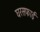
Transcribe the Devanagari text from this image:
घरसफाई